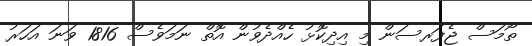
ތޯމަސް ޖެފަރސަން މި އިދިކޮޅު ހެއްދެވުން އޮތް ނަމަވެސް 1816 ވަނަ އަހަރު